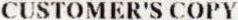
CUSTOMER'S COPY